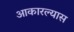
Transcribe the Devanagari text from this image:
आकारल्यास